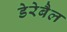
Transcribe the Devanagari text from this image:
डेरेबैल